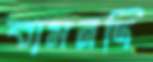
বামনদি